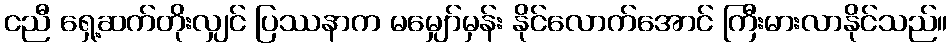
ငညီ ရှေ့ဆက်တိုးလျှင် ပြဿနာက မမျှော်မှန်း နိုင်လောက်အောင် ကြီးမားလာနိုင်သည်။